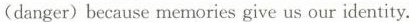
(danger) because memories give us our identity.